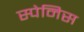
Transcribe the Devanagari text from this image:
स्पेनिस